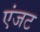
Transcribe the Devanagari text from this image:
एंजट